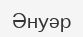
Әнуәр